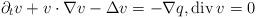
LaTeX: \begin{align*}\partial_tv+v\cdot\nabla v-\Delta v=-\nabla q,{\rm div}\,v=0\end{align*}